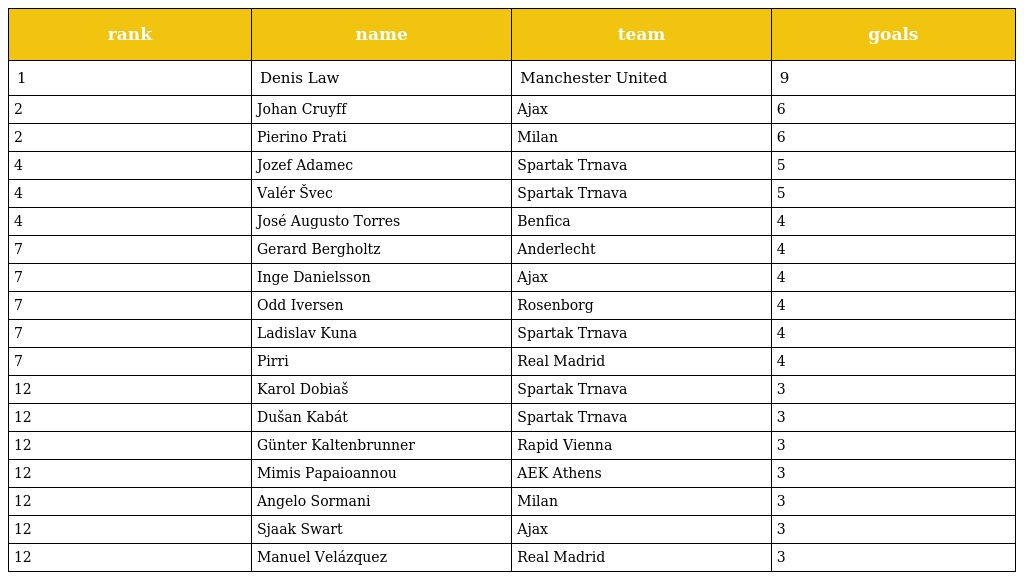
| rank | name | team | goals |
 | --- | --- | --- | --- |
 | 1 | Denis Law | Manchester United | 9 |
 | 2 | Johan Cruyff | Ajax | 6 |
 | 2 | Pierino Prati | Milan | 6 |
 | 4 | Jozef Adamec | Spartak Trnava | 5 |
 | 4 | Valér Švec | Spartak Trnava | 5 |
 | 4 | José Augusto Torres | Benfica | 4 |
 | 7 | Gerard Bergholtz | Anderlecht | 4 |
 | 7 | Inge Danielsson | Ajax | 4 |
 | 7 | Odd Iversen | Rosenborg | 4 |
 | 7 | Ladislav Kuna | Spartak Trnava | 4 |
 | 7 | Pirri | Real Madrid | 4 |
 | 12 | Karol Dobiaš | Spartak Trnava | 3 |
 | 12 | Dušan Kabát | Spartak Trnava | 3 |
 | 12 | Günter Kaltenbrunner | Rapid Vienna | 3 |
 | 12 | Mimis Papaioannou | AEK Athens | 3 |
 | 12 | Angelo Sormani | Milan | 3 |
 | 12 | Sjaak Swart | Ajax | 3 |
 | 12 | Manuel Velázquez | Real Madrid | 3 |